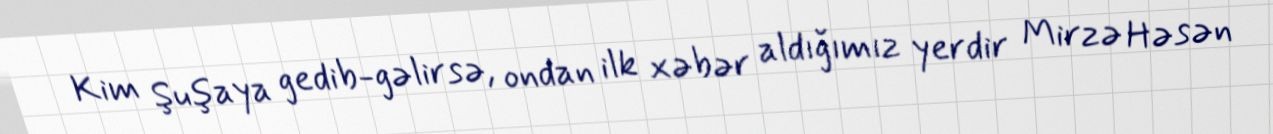
Kim Şuşaya gedib-gəlirsə, ondan ilk xəbər aldığımız yerdir Mirzə Həsən